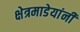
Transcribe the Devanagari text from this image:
क्षेत्रमाडेयांनी